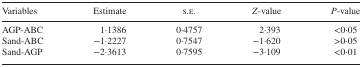
<table><thead><tr><td><b>Variables</b></td><td><b>Estimate</b></td><td><b>s.e.</b></td><td><b><i>Z</i>‐value</b></td><td><b><i>P</i>‐value</b></td></tr></thead><tbody><tr><td>AGP‐ABC</td><td>1·1386</td><td>0·4757</td><td>2·393</td><td>&lt;0·05</td></tr><tr><td>Sand‐ABC</td><td>−1·2227</td><td>0·7547</td><td>−1·620</td><td>&gt;0·05</td></tr><tr><td>Sand‐AGP</td><td>−2·3613</td><td>0·7595</td><td>−3·109</td><td>&lt;0·01</td></tr></tbody></table>